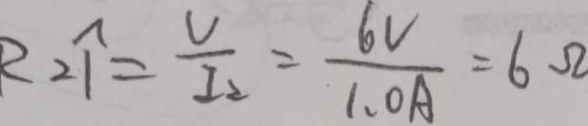
R _ { 2 } \uparrow = \frac { V } { I _ { 2 } } = \frac { 6 V } { 1 . 0 A } = 6 \Omega